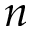
n